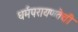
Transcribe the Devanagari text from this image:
धर्मपरायणतेची